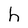
Character: h